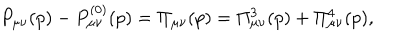
P _ { \mu \nu } ( p ) - P _ { \mu \nu } ^ { ( 0 ) } ( p ) = \Pi _ { \mu \nu } ( p ) = \Pi _ { \mu \nu } ^ { 3 } ( p ) + \Pi _ { \mu \nu } ^ { 4 } ( p ) ,